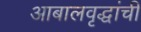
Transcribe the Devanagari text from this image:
आबालवृद्धांची